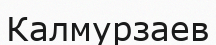
Калмурзаев